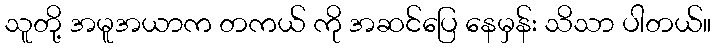
သူတို့ အမူအယာက တကယ် ကို အဆင်ပြေ နေမှန်း သိသာ ပါတယ်။